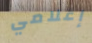
إعلامي